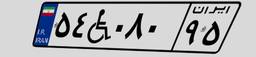
۶۲W۰۹۵۶۵